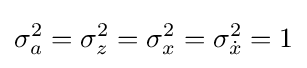
\sigma _{a}^{2}=\sigma _{z}^{2}=\sigma _{x}^{2}=\sigma _{\dot {x}}^{2}=1